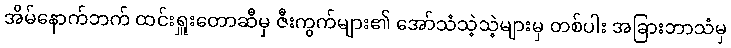
အိမ်နောက်ဘက် ထင်းရှူးတောဆီမှ ဇီးကွက်များ၏ အော်သံသဲ့သဲ့များမှ တစ်ပါး အခြားဘာသံမှ